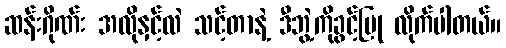
ဆန်းဂိုဏ်း အလိုနှင့်လဲ သင့်တာနဲ့ ဒီဘွဲ့ကိုခွင့်ပြု လိုက်ပါတယ်။